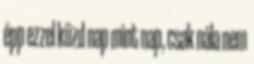
épp ezzel küzd nap mint nap, csak nála nem